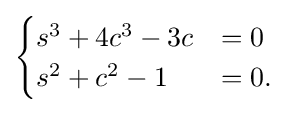
{\begin{cases}s^{3}+4c^{3}-3c&=0\\s^{2}+c^{2}-1&=0.\end{cases}}